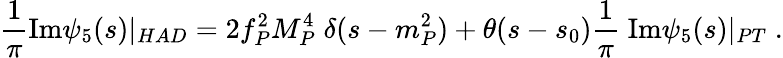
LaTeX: \frac{1}{\pi}\mathrm{Im}\psi_{5}(s)|_{HAD}=2f_{P}^{2}M_{P}^{4}\; \delta(s-m_{P}^{2})+\theta(s-s_{0})\frac{1}{\pi}\; \mathrm{Im}\psi_{5}(s)|_{PT}\; .